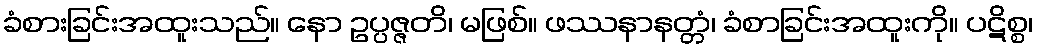
ခံစားခြင်းအထူးသည်။ နော ဥပ္ပဇ္ဇတိ၊ မဖြစ်။ ဖဿနာနတ္တံ၊ ခံစာခြင်းအထူးကို။ ပဋိစ္စ၊